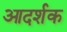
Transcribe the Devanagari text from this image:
आदर्शक